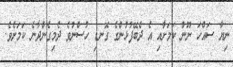
ނިޔާ ސައްހަ ނޫން ކަމަށާއި އެ ދެބޭފުޅުންގެ ގޮނޑި ހުސްނުވެ ދެމިގެންދާނެ ކަމަށެވެ.